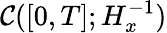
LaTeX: \mathcal{C}([0,T];H_{x}^{-1})